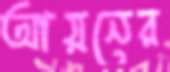
আয়নের